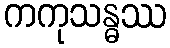
ကကုသန္ဓဿ